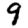
Digit: 9